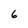
Character: 6